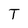
Character: T